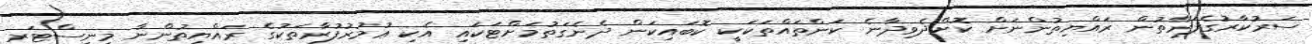
ސަރުކާރުގެފަރާތުން ރައްޔިތުންނަށް ކޮށްދެވިދާނެ ކަންތައްތަކަކީ ކޮބައިކަން ދެނެގަތުމަށްޓަކައި އެކި ޢުމުރުފުރާތަކުގެ ރައްޔިތުންނާ މިނިސްޓަރ